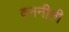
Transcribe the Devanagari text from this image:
वननीती